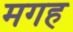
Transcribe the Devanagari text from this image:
मगह